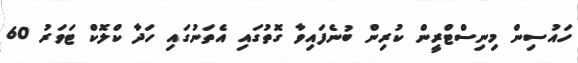
ހައުސިން މިނިސްޓްރީން ކުރިން ބުނެފައިވާ ގޮތުގައި އެތަނުގައި ހަދާ ކްލޮކް ޓަވަރު 60